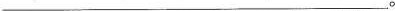
___________________________。